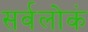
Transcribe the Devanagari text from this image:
सर्वलोकं